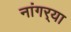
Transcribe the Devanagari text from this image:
नांगर्‍या